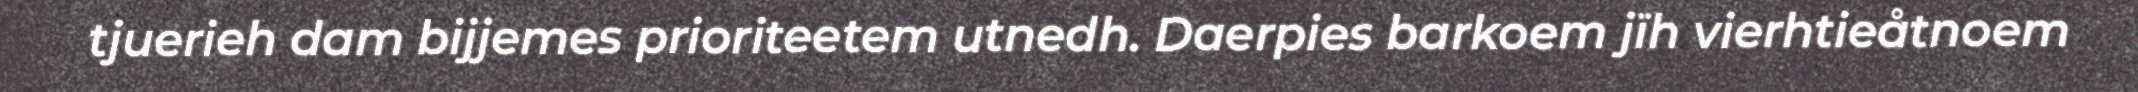
tjuerieh dam bijjemes prioriteetem utnedh. Daerpies barkoem jïh vierhtieåtnoem